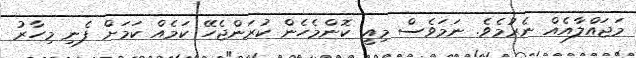
މަޖައްލާއެއް ނެރުމެވެ. ނަމަވެސް މިއީ ކޮންމެހެން ކުރަންޖެހޭ ކަމެއް ކަމަށް ފެނި މިހާރު